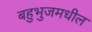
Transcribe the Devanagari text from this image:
बहुभुजमधील